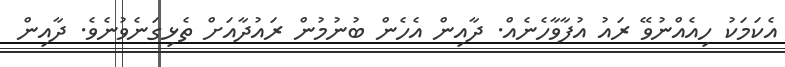
އެކަމަކު ހިއެއްނުވޭ ރައު އުފާވާހެނެއް. ދާއިން އެހެން ބުނުމުން ރައުދާއަށް ތެޅިގަނެވުނެވެ. ދާއިން